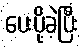
ပေးပို့ခဲ့ပြီး